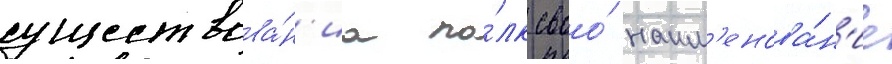
существова́н'иа по́лк своо́ наим'енова́н'ие